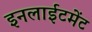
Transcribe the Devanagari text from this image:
इनलाईटमेंट